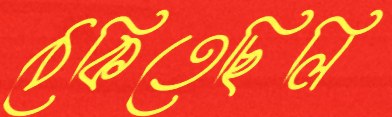
ঠেকিতেছিলি